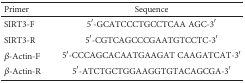
<table><thead><tr><td><b>Primer</b></td><td><b>Sequence</b></td></tr></thead><tbody><tr><td>SIRT3-F</td><td>5′-GCATCCCTGCCTCAA AGC-3′</td></tr><tr><td>SIRT3-R</td><td>5′-CGTCAGCCCGAATGTCCTC-3′</td></tr><tr><td><i>β</i>-Actin-F</td><td>5′-CCCAGCACAATGAAGAT CAAGATCAT-3′</td></tr><tr><td><i>β</i>-Actin-R</td><td>5′-ATCTGCTGGAAGGTGTACAGCGA-3′</td></tr></tbody></table>